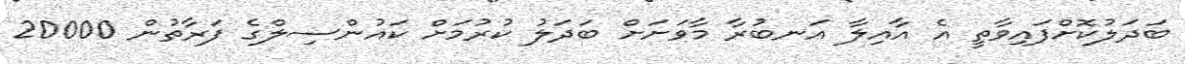
ބަދަލުކޮށްފައިވާތީ އެ އާއިލާ އަނބުރާ މާވަށަށް ބަދަލު ކުރުމަށް ކައުންސިލްގެ ފަރާތުން 20000